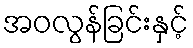
အဝလွန်ခြင်းနှင့်